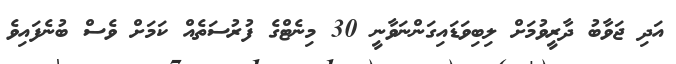
އަދި ޖަވާބު ދާރީވުމަށް ލިބިވަޑައިގަންނަވާނީ 30 މިނެޓްގެ ފުރުސަތެއް ކަމަށް ވެސް ބުނެފައިވެ